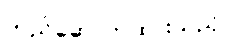
တည်ဆောက်ထားသည့်